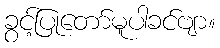
ခွင့်ပြုတော်မူပါခင်ဗျာ။